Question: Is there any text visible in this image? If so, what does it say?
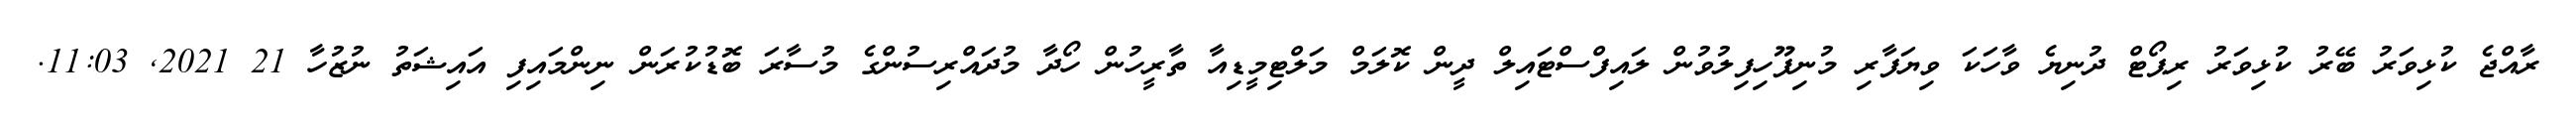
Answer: ރާއްޖެ ކުޅިވަރު ބޭރު ކުޅިވަރު ރިޕޯޓް ދުނިޔެ ވާހަކަ ވިޔަފާރި މުނިފޫހިފިލުވުން ލައިފްސްޓައިލް ދީން ކޮލަމް މަލްޓިމީޑިއާ ތާރީހުން ހޯދާ މުދައްރިސުންގެ މުސާރަ ބޮޑުކުރަން ނިންމައިފި އައިޝަތު ނުޒުހާ 21 2021, 11:03.